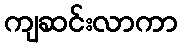
ကျဆင်းလာကာ